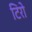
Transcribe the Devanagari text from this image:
टिरो